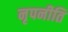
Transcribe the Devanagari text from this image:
नृपनीति